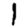
Digit: 1